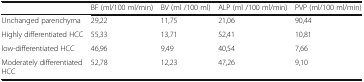
<table><thead><tr><td></td><td><b>BF (ml/100 ml/min)</b></td><td><b>BV (ml /100 ml)</b></td><td><b>ALP (ml /100 ml/min)</b></td><td><b>PVP (ml/100 ml/min)</b></td></tr></thead><tbody><tr><td>Unchanged parenchyma</td><td>29,22</td><td>11,75</td><td>21,06</td><td>90,44</td></tr><tr><td>Highly differentiated HCC</td><td>55,33</td><td>13,71</td><td>52,41</td><td>10,81</td></tr><tr><td>low-differentiated HCC</td><td>46,96</td><td>9,49</td><td>40,54</td><td>7,66</td></tr><tr><td>Moderately differentiated HCC</td><td>52,78</td><td>12,23</td><td>47,26</td><td>9,10</td></tr></tbody></table>